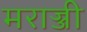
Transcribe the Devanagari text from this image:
मराज्जी